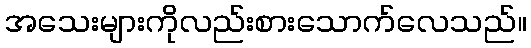
အသေးများကိုလည်းစားသောက်လေသည်။